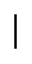
\mid